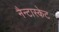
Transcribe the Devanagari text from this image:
नैन्टास्केट